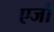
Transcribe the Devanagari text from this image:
एजो